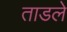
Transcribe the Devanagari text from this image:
ताडले